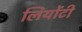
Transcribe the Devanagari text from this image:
लियोंटी